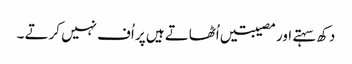
دکھ سہتے اور مصیبتیں اُٹھاتے ہیں پر اُف نہیں کرتے ۔